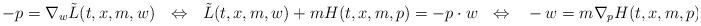
LaTeX: \begin{align*}-p = \nabla_w \tilde{L}(t,x,m,w) ~~ \Leftrightarrow ~~\tilde{L}(t,x,m,w) + mH(t,x,m,p) = -p \cdot w~~ \Leftrightarrow ~~-w = m\nabla_p H(t,x,m,p).\end{align*}